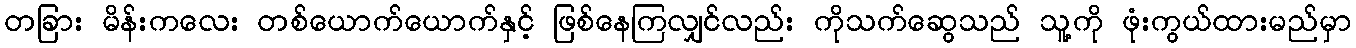
တခြား မိန်းကလေး တစ်ယောက်ယောက်နှင့် ဖြစ်နေကြလျှင်လည်း ကိုသက်ဆွေသည် သူ့ကို ဖုံးကွယ်ထားမည်မှာ